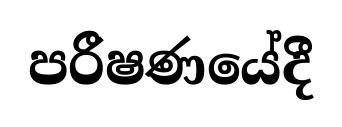
පරීෂණයේදී